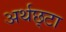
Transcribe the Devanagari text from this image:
अर्थछ्टा